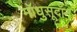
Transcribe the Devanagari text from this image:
मॉधुसूदॉन